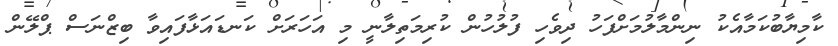
ކާމިޔާބުކަމާއެކު ނިންމާލުމަށްފަހު ދިވެހި ފުލުހުން ކުރިމަތިލާނީ މި އަހަރަށް ކަނޑައަޅާފައިވާ ބިޒްނަސް ޕްލޭން